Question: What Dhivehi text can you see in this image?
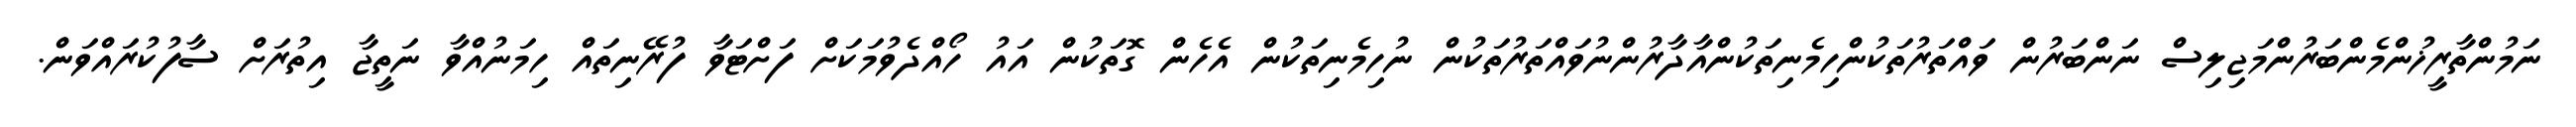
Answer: ނަމުންތާރީޚުންމެންބަރުންމަޖިލިސް ނަންބަރުން ވައްތަރުތަކުންހިމެނިތަކުންއާދާރުންނުވައްތަރުތަކުން ނުހިމެނިތަކުން އެހެން ގޮތަކުން އައު ހޯއްދެވުމަކަށް ފަށްޓަވާ ފުރޭނިތައް ހިމަނުއްވާ ނަތީޖާ އިތުރަށް ސާފުކުރައްވަން.